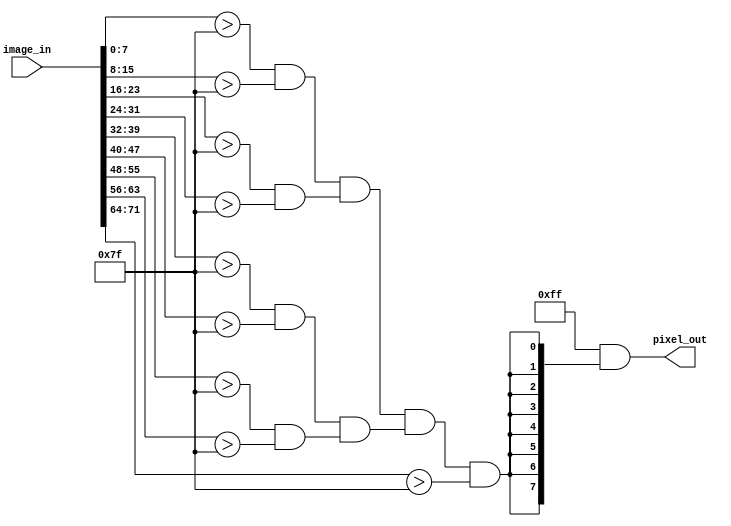
module Erosion(
    input [71:0] image_in, //Input
    output [7:0] pixel_out //Output
);

    //For parallel calculations
    wire temp, temp2, temp3, temp4, temp5;
    
    //Calculating for two pixel whiteness
    assign temp = (image_in[7:0] > 127) & (image_in[15:8] > 127);
    assign temp2 = (image_in[23:16] > 127) & (image_in[31:24] > 127);
    assign temp3 = (image_in[39:32] > 127) & (image_in[47:40] > 127);
    assign temp4 = (image_in[55:48] > 127) & (image_in[63:56] > 127);
    
    //Calculating for four pixel whiteness
    assign temp5 = temp & temp2;
    assign temp6 = temp3 & temp4;
    
    //Calculating for eight pixel whiteness
    assign temp7 = temp5 & temp6;
    
    assign pixel_out = 8'd255 & {8{(temp7 & (image_in[71:64] > 127))}};
    
    
endmodule